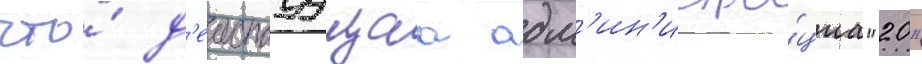
что́ д'еиствуущаа адм'ин'истра́циа "20"